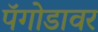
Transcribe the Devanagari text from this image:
पॅगोडावर